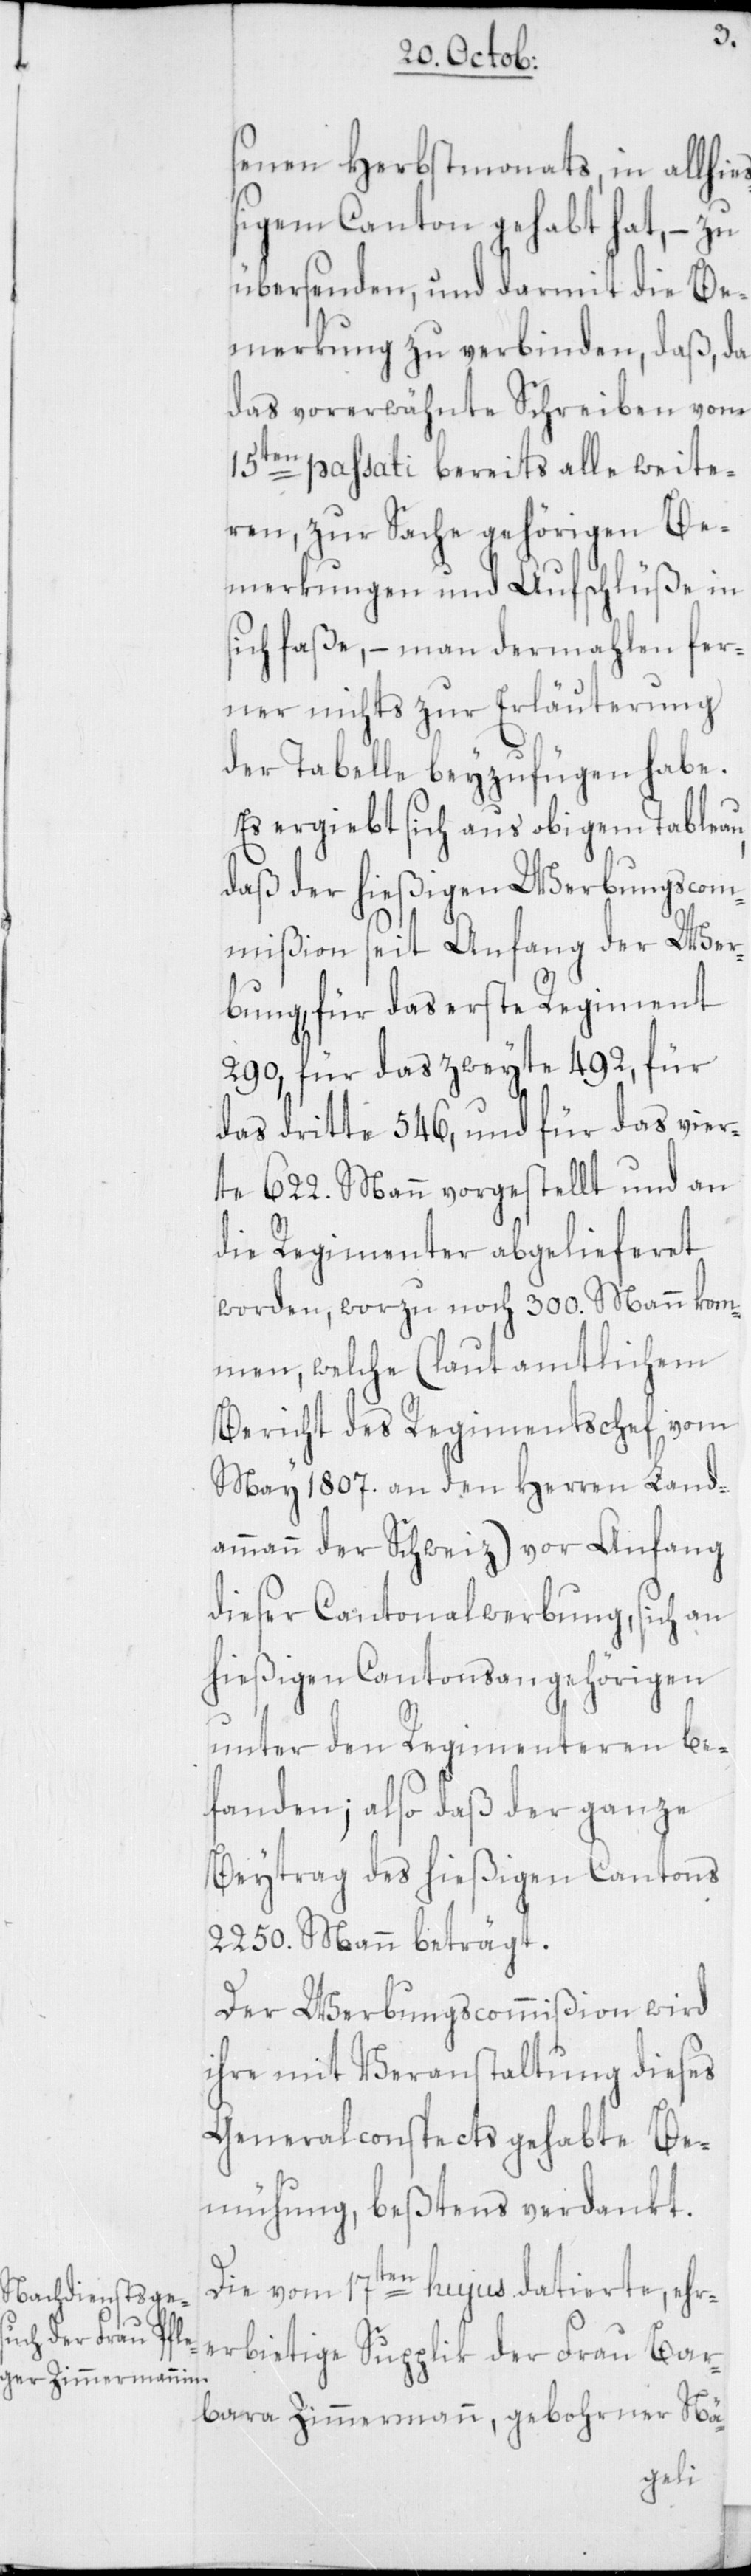
senen Herbstmonats, in allhie¬
ßigem Canton gehabt hat, – zu
übersenden, und darmit die Be¬
merkung zu verbinden, daß, da
das vorerwähnte Schreiben vom
15ten passati bereits alle weite¬
ren, zur Sache gehörigen Be¬
merkungen und Aufschlüsse in
sich fasse, – man dermahlen fer¬
ner nichts zur Erläuterung
der Tabelle beyzufügen habe.
Es ergiebt sich aus obigem Tableau,
daß der hießigen Werbungscom¬
mißion seit Anfang der Wer¬
bung, für das erste Regiment
290, für das zweyte 492, für
das dritte 546, und für das vier¬
te 622. Mann vorgestellt und an
die Regimenter abgelieferet
worden, worzu noch 300. Mann kom¬
men, welche (laut amtlichem
Bericht des Regimentschef vom
May 1807. an den Herren Land¬
ammann der Schweiz) vor Anfang
dieser Cantonalwerbung, sich an
hießigen Cantonsangehörigen
unter den Regimenteren be¬
fanden; also daß der ganze
Beytrag des hießigen Cantons
2250. Mann beträgt.
Der Werbungscommißion wird
ihre mit Veranstaltung dieses
Generalconspects gehabte Be¬
mühung, beßtens verdankt.
Die vom 17ten hujus datierte, ehr¬
erbietige Supplik der Frau Bar¬
bara Zimmermann, gebohrner Nä-